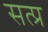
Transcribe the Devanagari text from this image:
सत्प्र